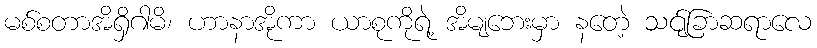
မစ်စတာအိရှိဂါမိ၊ ဟာနာအိုကာ ယာစုကိုရဲ့ အိမျဘေးမှာ နတေဲ့ သင်ျခြာဆရာလေ